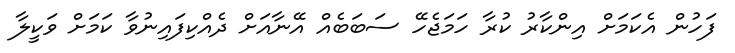
ފަހުން އެކަމަށް އިންކާރު ކުރާ ހަމަޖެހޭ ސަބަބެއް އޭނާއަށް ދެއްކިފައިނުވާ ކަމަށް ވަކީލާ